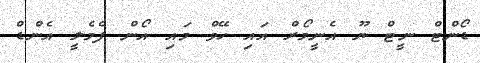
ޑޯންޓް ނީޓް ޔޫ އެނީމޯރް އައި ހޭވް މައި އޯން ފެމެލީ އެންޑް